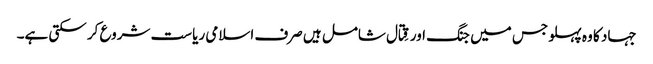
جہاد کا وہ پہلو جس میں جنگ اور قِتال شامل ہیں صرف اسلامی ریاست شروع کر سکتی ہے۔